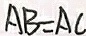
A B = A C